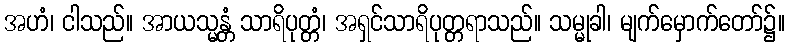
အဟံ၊ ငါသည်။ အာယသ္မန္တံ သာရိပုတ္တံ၊ အရှင်သာရိပုတ္တရာသည်။ သမ္မုခါ၊ မျက်မှောက်တော်၌။